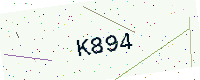
Text: K894